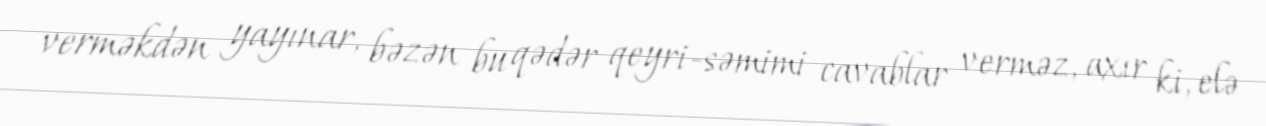
verməkdən yayınar, bəzən bu qədər qeyri-səmimi cavablar verməz, axır ki, elə